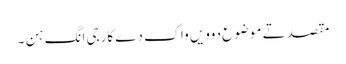
مقصد تے موضوع دوویں واک دے کارجی انگ ہن ۔